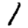
Digit: 1